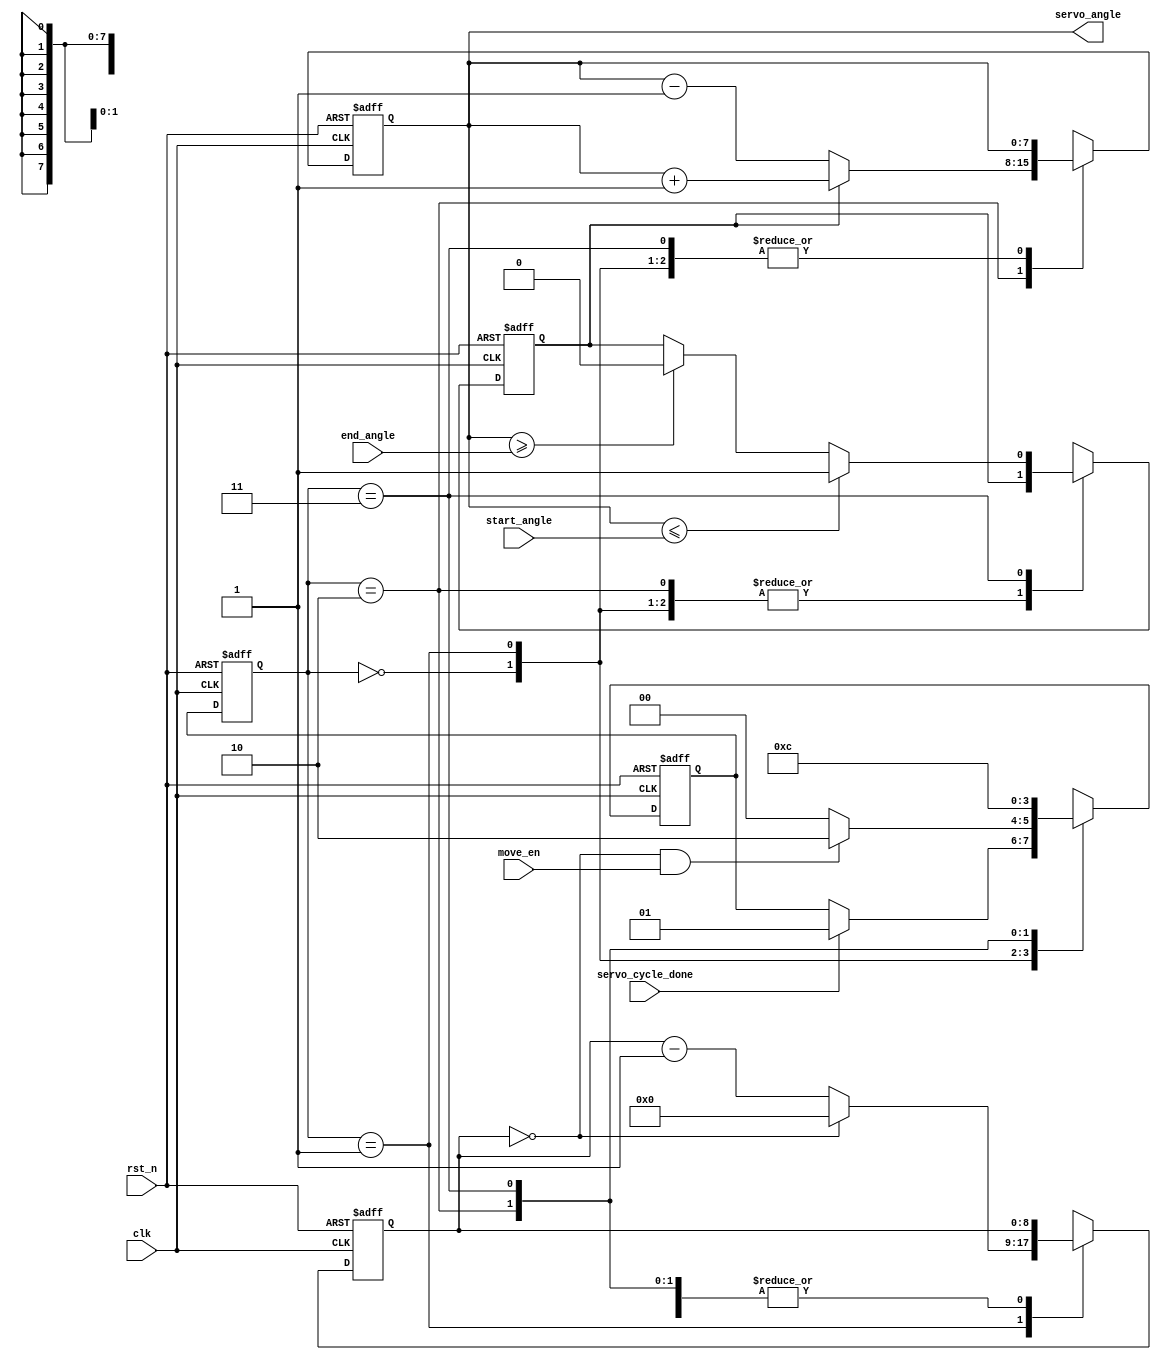
module servo_fsm #(parameter PWM_CYCLES_PER_ITER = 1)(
        input   wire        clk,
        input   wire        rst_n,

        // to servo_driver
        input   wire        servo_cycle_done,
        output  reg[7:0]    servo_angle = 8'h80,

        // to control unit
        input   wire        move_en,     // Enable signal for prevent movements during sonar work
        input   wire[7:0]   start_angle, // [-90   ..    90] in degrees projected to
        input   wire[7:0]   end_angle    // [8'h00 .. 8'hFF] angle reg's value
    );

    // INTERNAL REGISTERS
    reg[1:0]    state       = 0;         // FSM current state
    reg[1:0]    next_state  = 0;         // FSM next state
    parameter   WAIT_SERVO  = 2'b00;
    parameter   DIVIDE      = 2'b01;
    parameter   ANGLE_UPD   = 2'b10;
    parameter   DIR_UPD     = 2'b11;

    reg[8:0]    divider     = PWM_CYCLES_PER_ITER - 1;
    reg         servo_dir   = 0;     // 0 - increasing angle. 1 - decreasing.

     /********* Angle control process ************
     * Just changes servo angle
     * from start angle value to end angle value
     * and after this returns angle value to
     * it's start value.
     * Example: start_val = 1, end_value = 3
     * Angle sequence: 1 2 3 2 1 2 3 2 1 ...
     *******************************************/

    // Assign new state logic
    always @(posedge clk or negedge rst_n) begin
        if (~rst_n) begin
            state = WAIT_SERVO;
        end else begin
            state = next_state;
        end
    end

    // Next state logic
    always @(posedge clk or negedge rst_n) begin
        if (~rst_n) begin
            next_state = WAIT_SERVO;
        end else begin
            case (state)
                WAIT_SERVO: begin
                    if (servo_cycle_done) begin
                        next_state  = DIVIDE;
                    end
                end
                DIVIDE: begin
                    if (divider == 0 && move_en == 1) begin
                        next_state  = ANGLE_UPD;
                    end else begin
                        next_state  = WAIT_SERVO;
                    end
                end
                ANGLE_UPD: begin
                    next_state  = DIR_UPD;
                end
                DIR_UPD: begin
                    next_state  = WAIT_SERVO;
                end
            endcase
        end
    end

    // Outputs logic
    always @(posedge clk or negedge rst_n) begin
        if (~rst_n) begin
            divider     = PWM_CYCLES_PER_ITER;
            servo_dir   = 0;
            servo_angle = 8'h80;
        end else begin
            case (state)
                WAIT_SERVO: begin
                end
                DIVIDE: begin
                    if (divider == 0) begin
                        divider = PWM_CYCLES_PER_ITER - 1;
                    end else begin
                        divider = divider - 1;
                    end
                end
                ANGLE_UPD: begin
                    if (servo_dir) begin
                        servo_angle = servo_angle + 1;
                    end else begin
                        servo_angle = servo_angle - 1;
                    end
                end
                DIR_UPD: begin
                    if (servo_angle <= start_angle) begin
                        servo_dir = 1;
                    end else if (servo_angle >= end_angle) begin
                        servo_dir = 0;
                    end
                end
            endcase
        end
    end

endmodule